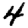
Digit: 4